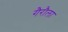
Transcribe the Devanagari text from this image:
गैरौला